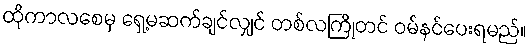
ထိုကာလစေမှ ရှေ့မဆက်ချင်လျှင် တစ်လကြိုတင် ဝမ်နင်ပေးရမည်။